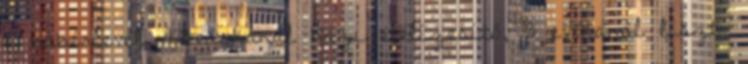
2 babérlevél, 1 teáskanál házi ételízesítő, 3 evőkanál liszt,